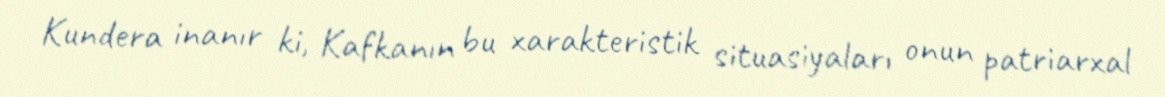
Kundera inanır ki, Kafkanın bu xarakteristik situasiyaları onun patriarxal